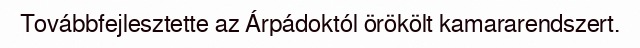
Továbbfejlesztette az Árpádoktól örökölt kamararendszert.